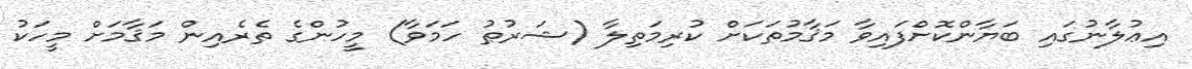
އިޢުލާނުގައި ބަޔާންކޮށްފައިވާ މަޤާމުތަކަށް ކުރިމަތިލާ (ޝަރުޠު ހަމަވާ) މީހުންގެ ތެރެއިން މަޤާމަށް މީހަކު